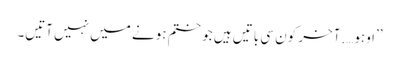
’’اوہو….آخر کون سی باتیں ہیں جو ختم ہونے میں نہیں آتیں۔